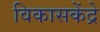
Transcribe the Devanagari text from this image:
विकासकेंद्रे